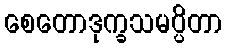
စေတောဒုက္ခသမပ္ပိတာ